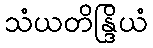
သံယတိန္ဒြိယံ